Senior Leaving Certificate Examination (including Day School Certificate (Higher) General paper), 1946
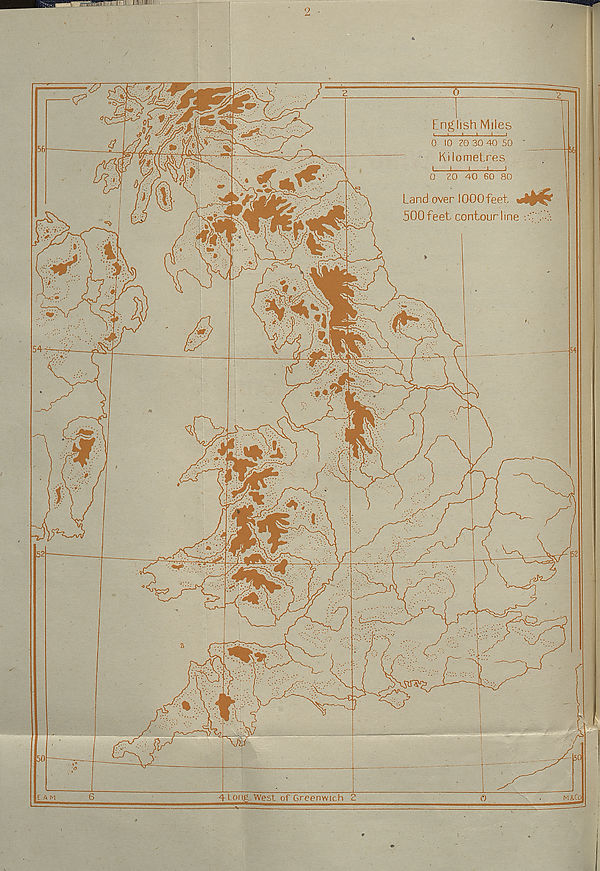
English Miles
0 10 Z0 30 40 50
Kilometres
Land over 1000feet «
500 feet contour line
E.A M
6